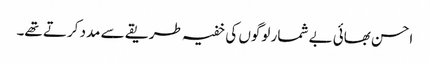
احسن بھائی بے شمار لوگوں کی خفیہ طریقے سے مدد کرتے تھے۔